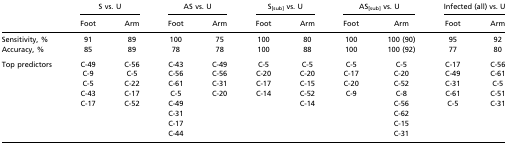
<table><thead><tr><td></td><td colspan="2"><b>S vs. U</b></td><td colspan="2"><b>AS vs. U</b></td><td colspan="2"><b>S<sub>[sub]</sub> vs. U</b></td><td colspan="2"><b>AS<sub>[sub]</sub> vs. U</b></td><td colspan="2"><b>Infected (all) vs. U</b></td></tr><tr><td></td><td><b>Foot</b></td><td><b>Arm</b></td><td><b>Foot</b></td><td><b>Arm</b></td><td><b>Foot</b></td><td><b>Arm</b></td><td><b>Foot</b></td><td><b>Arm</b></td><td><b>Foot</b></td><td><b>Arm</b></td></tr></thead><tbody><tr><td>Sensitivity, %</td><td>91</td><td>89</td><td>100</td><td>75</td><td>100</td><td>80</td><td>100</td><td>100 (90)</td><td>95</td><td>92</td></tr><tr><td>Accuracy, %</td><td>85</td><td>89</td><td>78</td><td>78</td><td>100</td><td>88</td><td>100</td><td>100 (92)</td><td>77</td><td>80</td></tr><tr><td>Top predictors</td><td>C-49</td><td>C-56</td><td>C-43</td><td>C-49</td><td>C-5</td><td>C-5</td><td>C-5</td><td>C-5</td><td>C-17</td><td>C-56</td></tr><tr><td></td><td>C-9</td><td>C-5</td><td>C-56</td><td>C-56</td><td>C-20</td><td>C-20</td><td>C-17</td><td>C-20</td><td>C-49</td><td>C-61</td></tr><tr><td></td><td>C-5</td><td>C-22</td><td>C-61</td><td>C-31</td><td>C-17</td><td>C-15</td><td>C-20</td><td>C-52</td><td>C-31</td><td>C-5</td></tr><tr><td></td><td>C-43</td><td>C-17</td><td>C-5</td><td>C-20</td><td>C-14</td><td>C-52</td><td>C-9</td><td>C-8</td><td>C-61</td><td>C-51</td></tr><tr><td></td><td>C-17</td><td>C-52</td><td>C-49</td><td></td><td></td><td>C-14</td><td></td><td>C-56</td><td>C-5</td><td>C-31</td></tr><tr><td></td><td></td><td></td><td>C-31</td><td></td><td></td><td></td><td></td><td>C-62</td><td></td><td></td></tr><tr><td></td><td></td><td></td><td>C-17</td><td></td><td></td><td></td><td></td><td>C-15</td><td></td><td></td></tr><tr><td></td><td></td><td></td><td>C-44</td><td></td><td></td><td></td><td></td><td>C-31</td><td></td><td></td></tr></tbody></table>